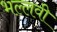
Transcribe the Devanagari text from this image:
भल्लवी